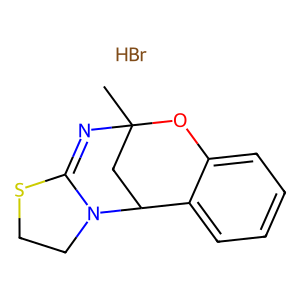
SMILES: Br.CC12CC(c3ccccc3O1)N1CCSC1=N2
Inhibits HIV replication: No